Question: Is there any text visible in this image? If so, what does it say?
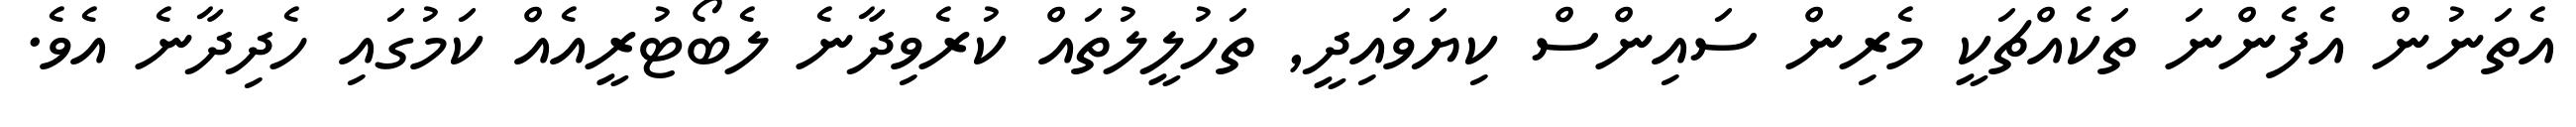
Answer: އެތަނުން އެފެންނަ ތަކެއްޗަކީ މެރިން ސައިންސް ކިޔަވައިދީ, ތަހުލީލުތައް ކުރެވިދާނެ ލެބޯޓުރީއެއް ކަމުގައި ހެދިދާނެ އެވެ.